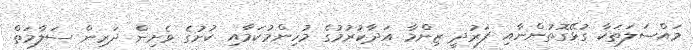
މައްސަލަތަކާ ގުޅޭގޮތުންނާއި ފަރުދީ ޒިންމާ އަދާކުރުމުގެ މުހިންމުކަމާއި ކުށުގެ ވެށިން ދަރިން ސަލާމަތް